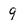
Character: 9